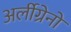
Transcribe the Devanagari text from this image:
अर्लीग्रेनो